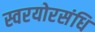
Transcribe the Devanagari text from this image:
स्वरयोरसंधि